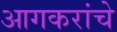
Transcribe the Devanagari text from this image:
आगकरांचे